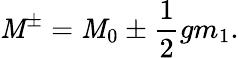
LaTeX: \mathit{M}^{\pm}=\mathit{M}_{0}\pm{\frac{{1}}{{2}}}gm_{1}.